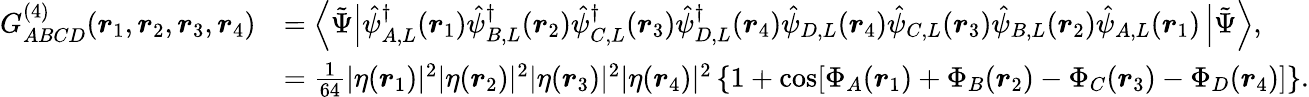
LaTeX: \begin{array}{rl}{G_{ABCD}^{(4)}(\boldsymbol{r}_{1},\boldsymbol{r}_{2},\boldsymbol{r}_{3},\boldsymbol{r}_{4})}&{=\left\langle\tilde{\Psi}\right|\hat{\psi}_{A,L}^{\dagger}(\boldsymbol{r}_{1})\hat{\psi}_{B,L}^{\dagger}(\boldsymbol{r}_{2})\hat{\psi}_{C,L}^{\dagger}(\boldsymbol{r}_{3})\hat{\psi}_{D,L}^{\dagger}(\boldsymbol{r}_{4})\hat{\psi}_{D,L}(\boldsymbol{r}_{4})\hat{\psi}_{C,L}(\boldsymbol{r}_{3})\hat{\psi}_{B,L}(\boldsymbol{r}_{2})\hat{\psi}_{A,L}(\boldsymbol{r}_{1})\left|\tilde{\Psi}\right\rangle,}\\ &{=\frac{1}{64}|\eta(\boldsymbol{r}_{1})|^{2}|\eta(\boldsymbol{r}_{2})|^{2}|\eta(\boldsymbol{r}_{3})|^{2}|\eta(\boldsymbol{r}_{4})|^{2}\left\{ 1+\cos[\Phi_{A}(\boldsymbol{r}_{1})+\Phi_{B}(\boldsymbol{r}_{2})-\Phi_{C}(\boldsymbol{r}_{3})-\Phi_{D}(\boldsymbol{r}_{4})]\right\} .}\end{array}